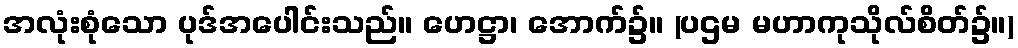
အလုံးစုံသော ပုဒ်အပေါင်းသည်။ ဟေဋ္ဌာ၊ အောက်၌။ (ပဌမ မဟာကုသိုလ်စိတ်၌။)